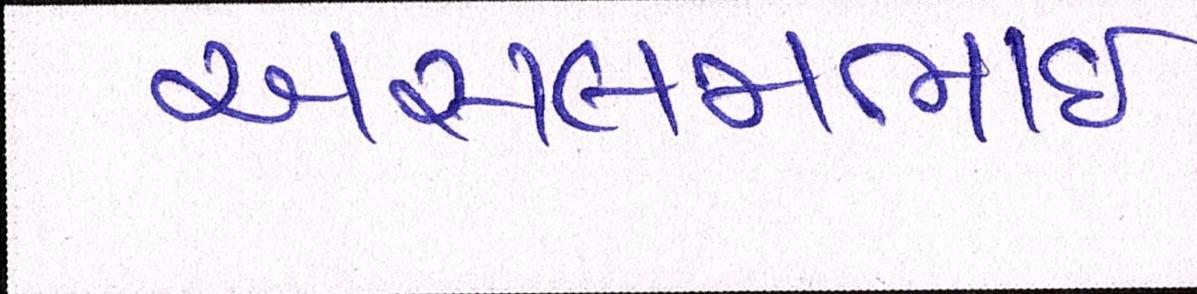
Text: અસલમભાઈ